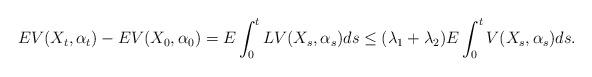
LaTeX: \begin{align*}EV( X_t, \alpha_t)- EV( X_0, \alpha_0)= E\int_0 ^t LV( X_s, \alpha_s)ds\leq (\lambda_1+\lambda_2)E\int_0 ^tV( X_s, \alpha_s)ds.\end{align*}